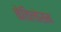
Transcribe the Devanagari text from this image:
कैविलोसम